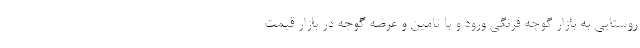
روستایی به بازار گوجه فرنگی ورود و با تامین و عرضه گوجه در بازار قیمت